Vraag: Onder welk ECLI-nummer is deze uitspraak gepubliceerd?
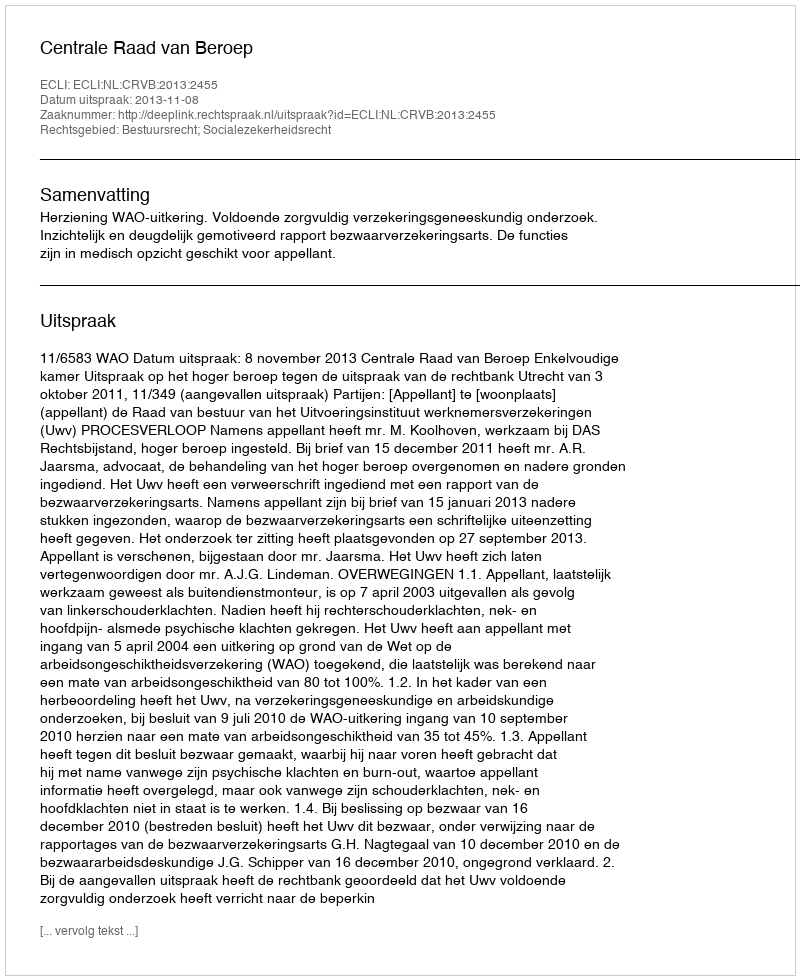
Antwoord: ECLI:NL:CRVB:2013:2455